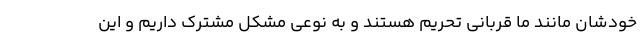
خودشان مانند ما قربانی تحریم هستند و به نوعی مشکل مشترک داریم و این